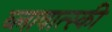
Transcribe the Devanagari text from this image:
ब्लावात्स्की